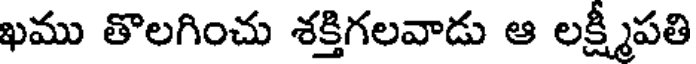
ఖము తొలగించు శక్తిగలవాడు ఆ లక్ష్మీపతి